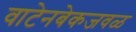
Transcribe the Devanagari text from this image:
वाटेनबेकजवळ